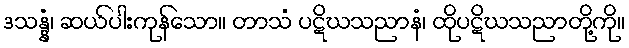
ဒသန္နံ၊ ဆယ်ပါးကုန်သော။ တာသံ ပဋိဃသညာနံ၊ ထိုပဋိဃသညာတို့ကို။